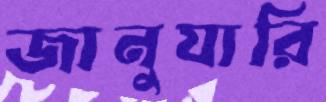
জানুযারি